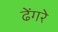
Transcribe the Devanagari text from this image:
ढेंगरे